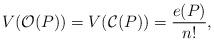
LaTeX: \begin{align*}V(\mathcal{O}(P))=V(\mathcal{C}(P))=\frac{e(P)}{n!},\end{align*}